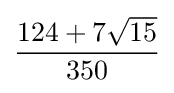
{\frac {124+7{\sqrt {15}}}{350}}